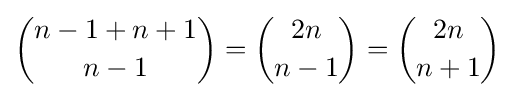
{n-1+n+1 \choose n-1}={2n \choose n-1}={2n \choose n+1}